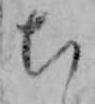
ち